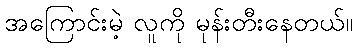
အကြောင်းမဲ့ လူကို မုန်းတီးနေတယ်။